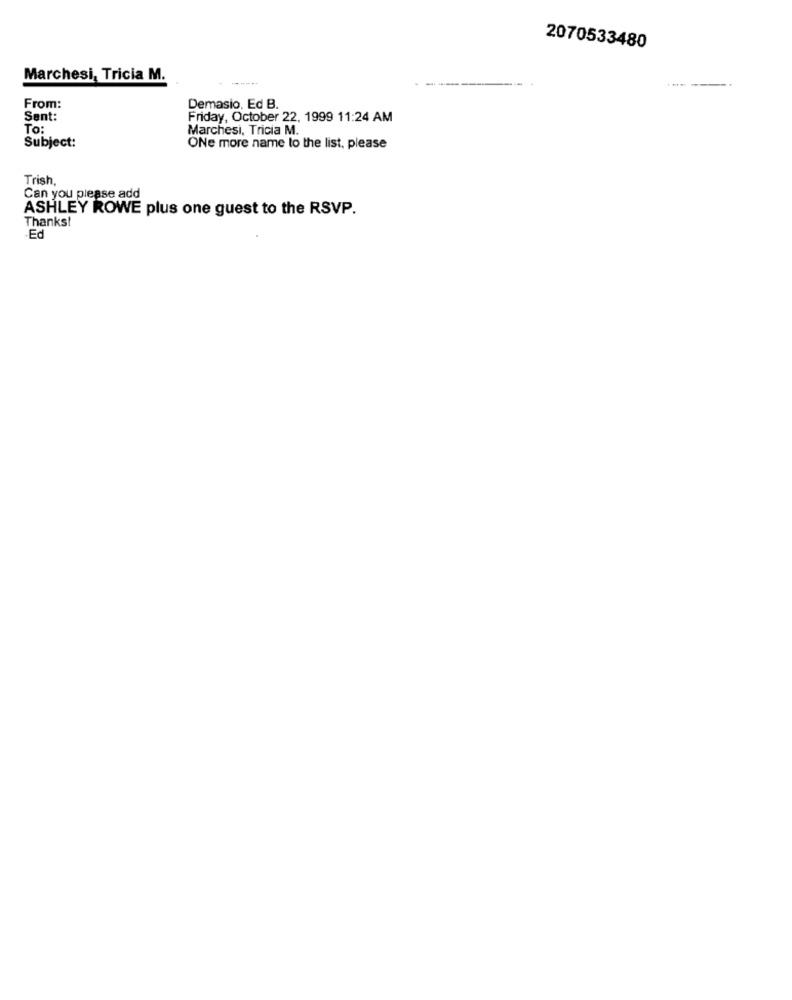
2070533480
Marchesi, Tricia M.
From:
Demasio, Ed B.
Sent:
Friday, October 22, 1999 11:24 AM
To:
Marchesi, Tricia M.
Subject:
ONE more name to the list, please
Trish
Can you please add
ASHLEY ROWE plus one guest to the RSVP.
Thanks!
-Ed